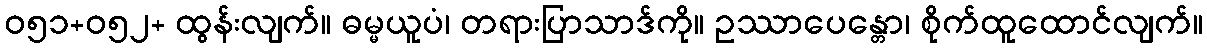
ဝ၅၁+ဝ၅၂+ ထွန်းလျက်။ ဓမ္မယူပံ၊ တရားပြာသာဒ်ကို။ ဥဿာပေန္တော၊ စိုက်ထူထောင်လျက်။